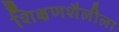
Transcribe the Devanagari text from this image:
शिक्षणशैलीला